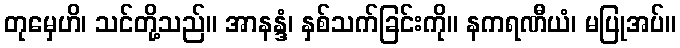
တုမှေဟိ၊ သင်တို့သည်။ အာနန္ဒံ၊ နှစ်သက်ခြင်းကို။ နကရဏီယံ၊ မပြုအပ်။